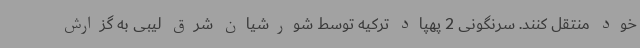
خود منتقل کنند. سرنگونی 2 پهپاد ترکیه توسط شورشیان شرق لیبی به گزارش